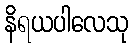
နိရယပါလေသု